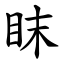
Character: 眜